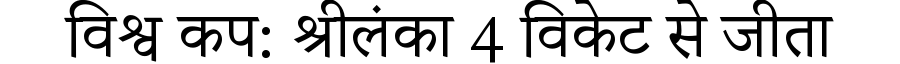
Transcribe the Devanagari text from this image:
विश्व कप: श्रीलंका 4 विकेट से जीता